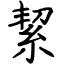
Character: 絜